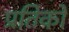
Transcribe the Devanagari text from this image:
प्रतिकों